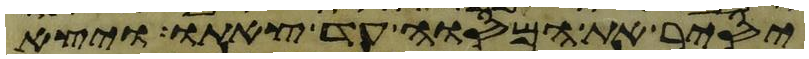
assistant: יסיר את המסוה עד צאתו ויצא